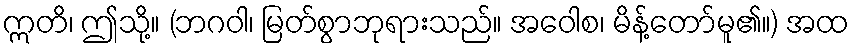
ဣတိ၊ ဤသို့။ (ဘဂဝါ၊ မြတ်စွာဘုရားသည်။ အဝေါစ၊ မိန့်တော်မူ၏။) အထ